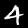
Digit: 4